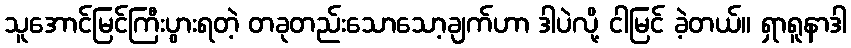
သူအောင်မြင်ကြီးပွားရတဲ့ တခုတည်းသောသော့ချက်ဟာ ဒါပဲလို့ ငါမြင် ခဲ့တယ်။ ရှာရူနာဒါ